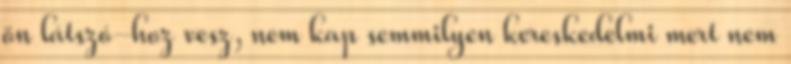
ön látszó-hoz vesz, nem kap semmilyen kereskedelmi mert nem